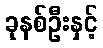
ခုနစ်ဦးနှင့်